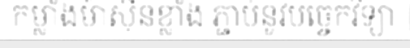
កម្លាំងម៉ាស៊ីនខ្លាំង ភ្ជាប់នូវបច្ចេកវិទ្យា